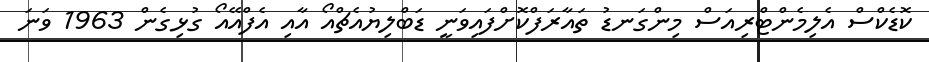
ކޮޑެކްސް އެލިމެންޓްރިއަސް މިންގަނޑު ތައާރަފްކޮށްފައިވަނީ ޑަބްލިޔުއެޗްއޯ އާއި އެފްއޭއޯ ގުޅިގެން 1963 ވަނަ